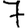
Digit: 7